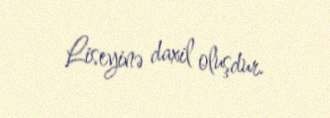
Liseyinə daxil oluşdur.